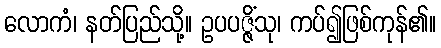
လောကံ၊ နတ်ပြည်သို့။ ဥပပဇ္ဇိံသု၊ ကပ်၍ဖြစ်ကုန်၏။